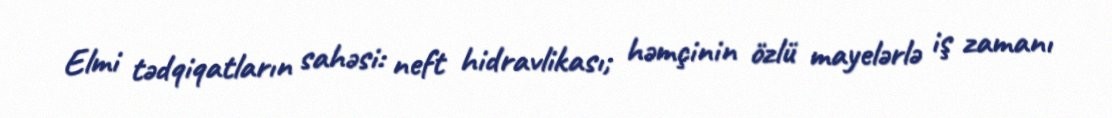
Elmi tədqiqatların sahəsi: neft hidravlikası; həmçinin özlü mayelərlə iş zamanı